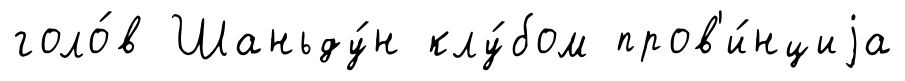
голо́в Шаньду́н клу́бом пров'и́нциjа